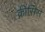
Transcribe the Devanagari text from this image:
क्रीसिस